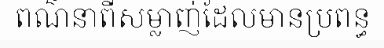
ពណ៌នាពីសម្លាញ់ដែលមានប្រពន្ធ